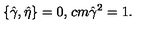
\left\{ \hat { \gamma } , \hat { \eta } \right\} = 0 , \hspace * { 1 c m } \hat { \gamma } ^ { 2 } = 1 .